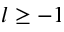
l \ge - 1